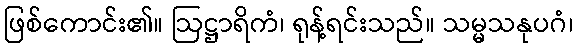
ဖြစ်ကောင်း၏။ ဩဋ္ဌာရိကံ၊ ရုန့်ရင်းသည်။ သမ္မသနုပဂံ၊